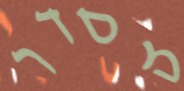
מסדר